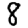
Digit: 8